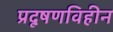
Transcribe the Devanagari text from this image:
प्रदूषणविहीन